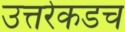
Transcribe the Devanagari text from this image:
उत्तरेकडच